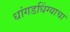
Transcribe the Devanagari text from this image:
धांगडधिंग्याचा